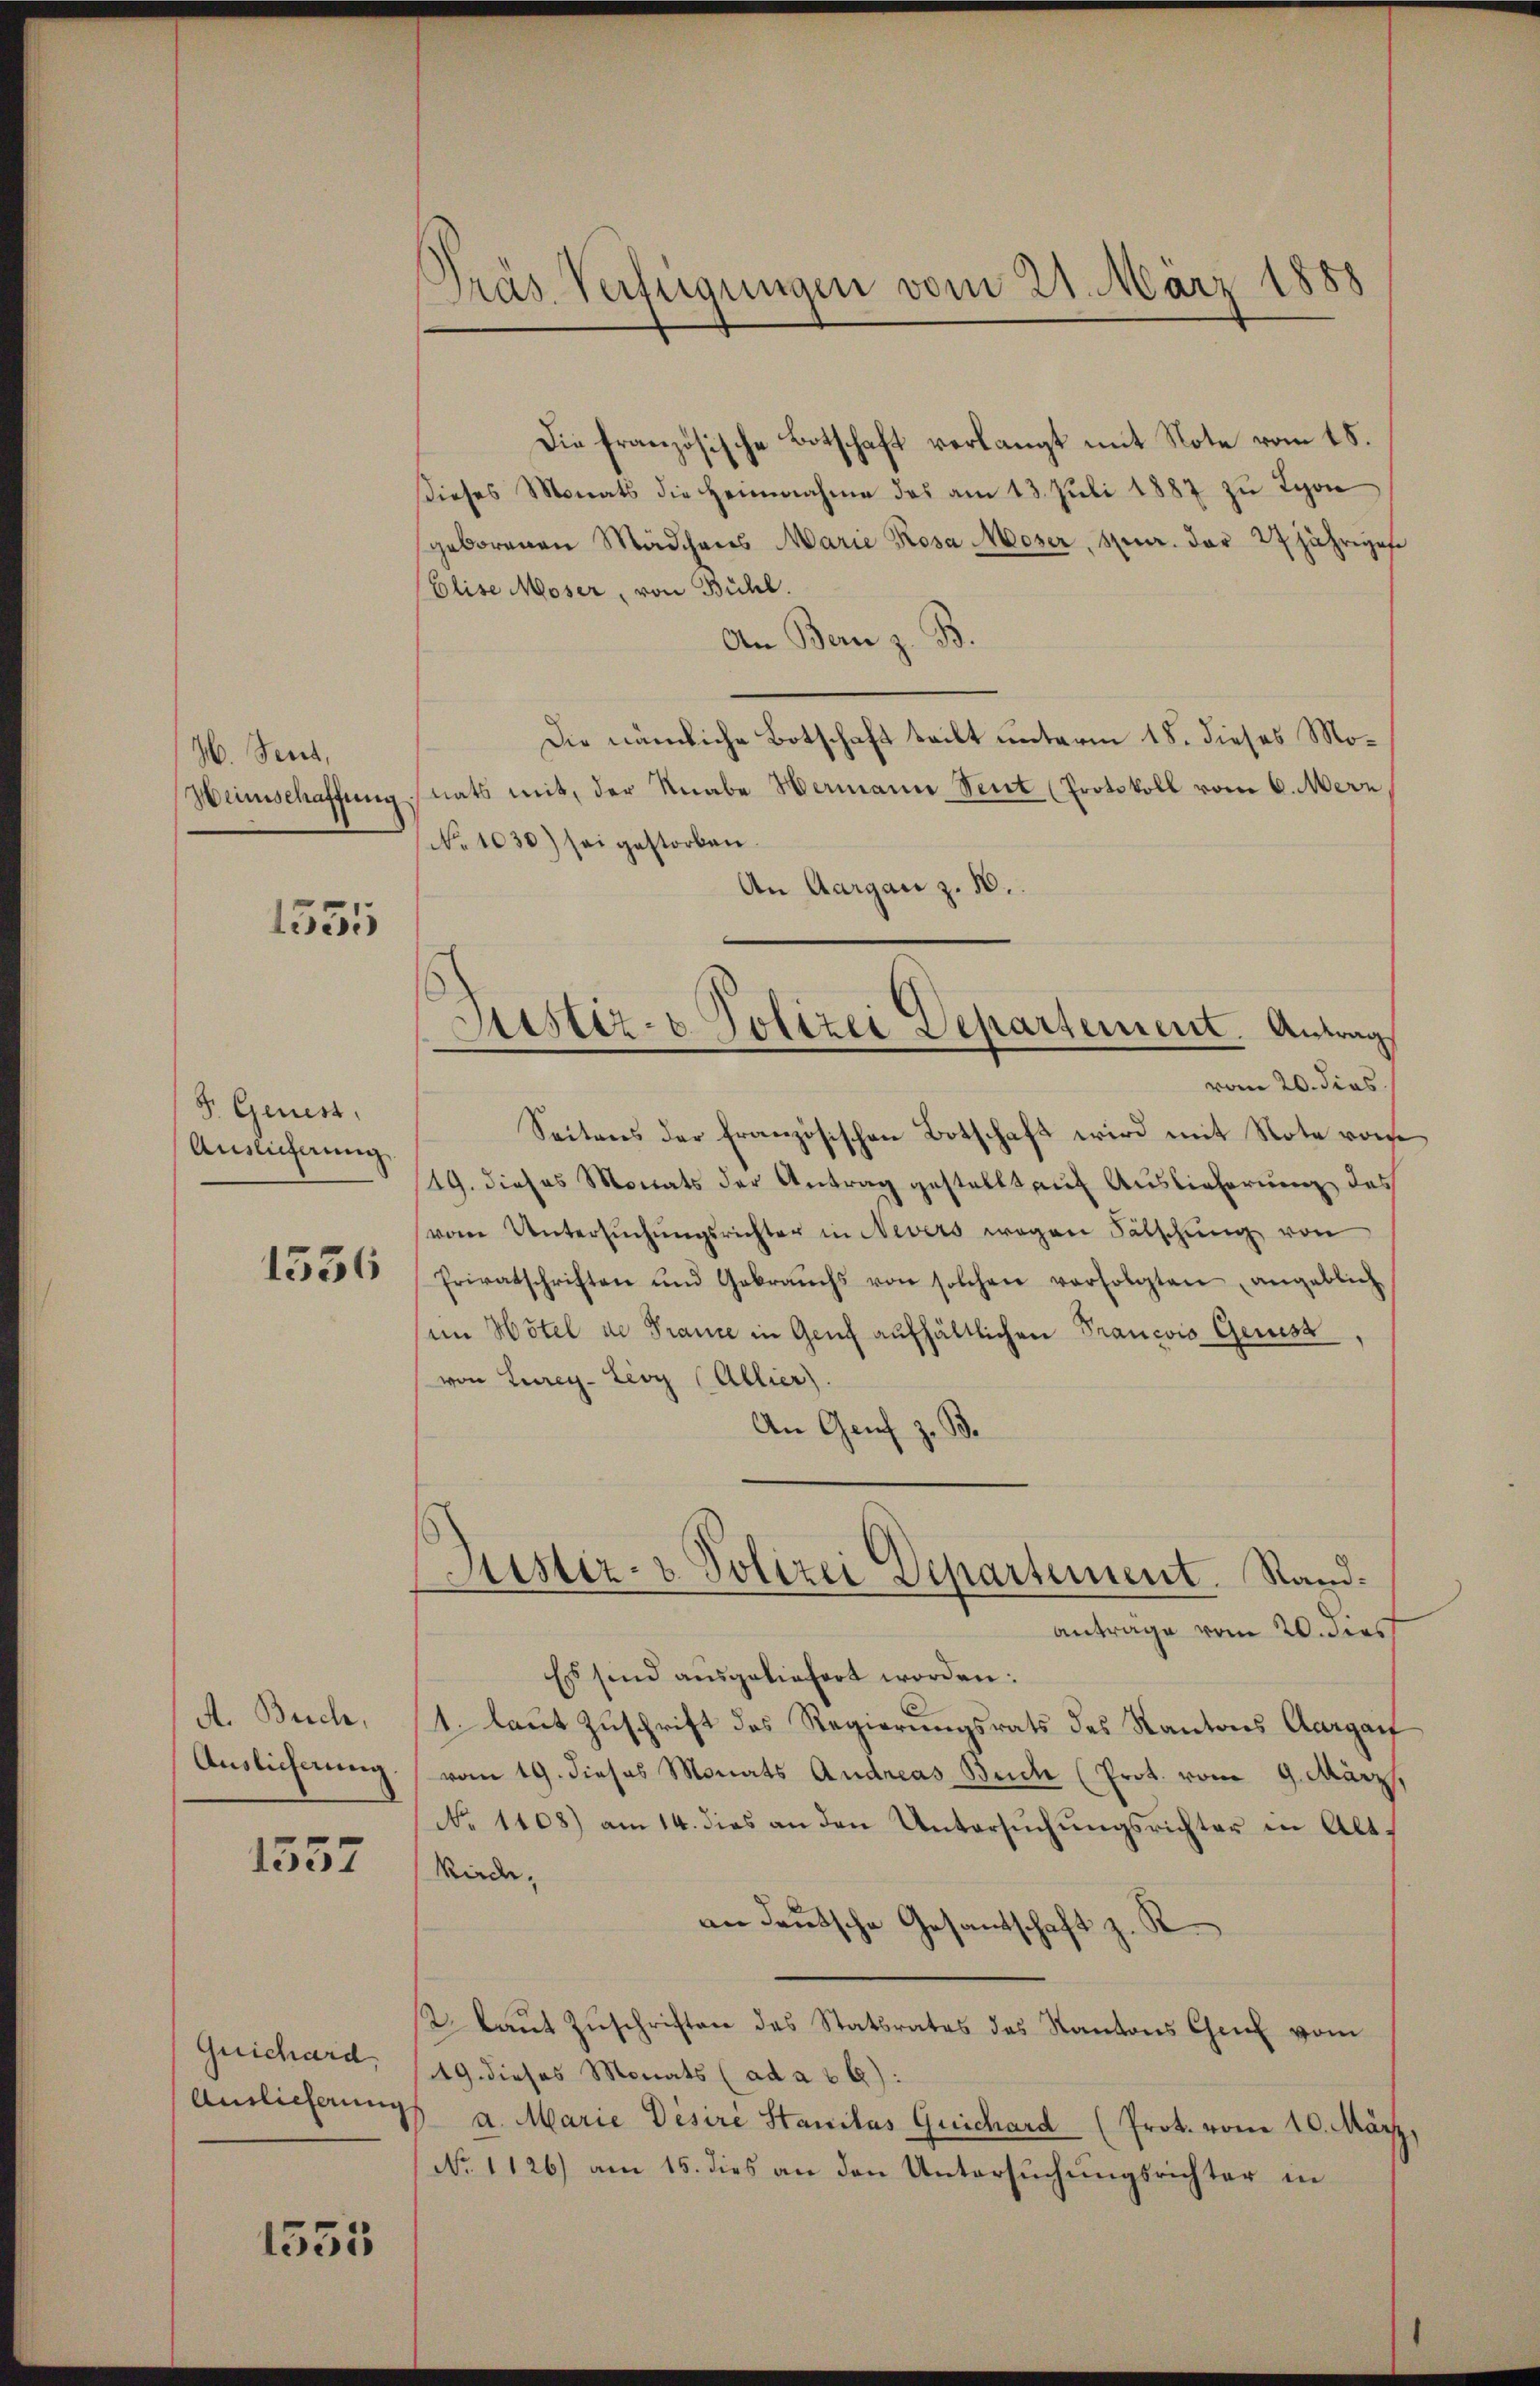
H. Sent,
Heinschaffung

1555

F. Genes,
Auslicherung

1336

A. Buch,
Auslicherung.

1557

Guichard
Auslieferung

1555

d
Präs. Verfügungen vom 21. März 1888

Die französische Botschaft verlangt mit Note vom 18.
Dieses Monats die Heimnahme das am 13. Juli 1887 zu Lyon
geborenen Mädchens Marie Rosa Moser, Spur. der 27 jähriges
Elise Moser, von Bühl.
An Bern z. B.
Die nämliche Botschaft teilt unterm 18. dieses Monats mit, der Knabe Hermann Seit (Protokoll vom 6. Merz,
No 1030) sei gestorben.
An Aargau z. 10.
vom 20. dies
Seitens der Französischen Botschaft wird mit Note von
19. dieses Monats der Antrag gestellt auf Auslieferung des
(vom Untersŭchŭngsrichter in Nevers wegen Fälschŭng von
Privatschriften und Gebrauchs von solchen verfolgten angeblich
im Hotel de France in Genf aufhältlichen Francois Geness
von Lurey-Lioy (Allier)
An Genf z. B.
Justiz- & Polizei Departement. Sandanträge vom 20. dies
Es sind ausgeliefert worden:
1. laut Zuschrift des Regierungsrats des Kantons Aargauf
vom 19. dieses Monats Andreas Buche (Prot. vom 9. März,
No 1108) am 14. dies an den Untersuchungsrichter in Alt¬
Rirde,
an deutsche Gesandtschaft z. B.
2. laŭt Zŭschriften des Statsrates des Kantons Chef vom
19. dieses Monats (ad a 26).
a. Marie Desire Stanilas Quichard (Prot. vom 10. März
No. 1126) am 15. dies an den Untersuchungsrichter in

Justiz- & Polizei Departement. Antrag